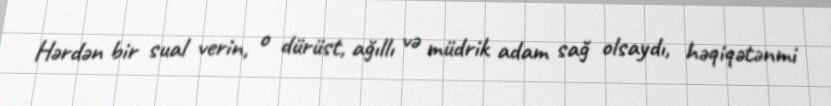
Hərdən bir sual verin, o dürüst, ağıllı və müdrik adam sağ olsaydı, həqiqətənmi